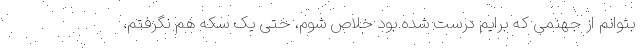
بتوانم از جهنمی که برایم درست شده بود خلاص شوم، حتی یک سکه هم نگرفتم.